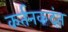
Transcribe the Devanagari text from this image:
कर्तनकदंत